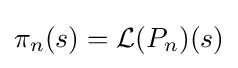
\pi _{n}(s)={\mathcal {L}}(P_{n})(s)